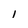
Character: I